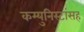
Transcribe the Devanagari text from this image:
कम्युनिस्टांसह